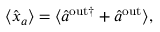
\begin{array} { r } { \langle \hat { x } _ { a } \rangle = \langle \hat { a } ^ { \mathrm { { o u t } \dagger } } + \hat { a } ^ { \mathrm { { o u t } } } \rangle , } \end{array}